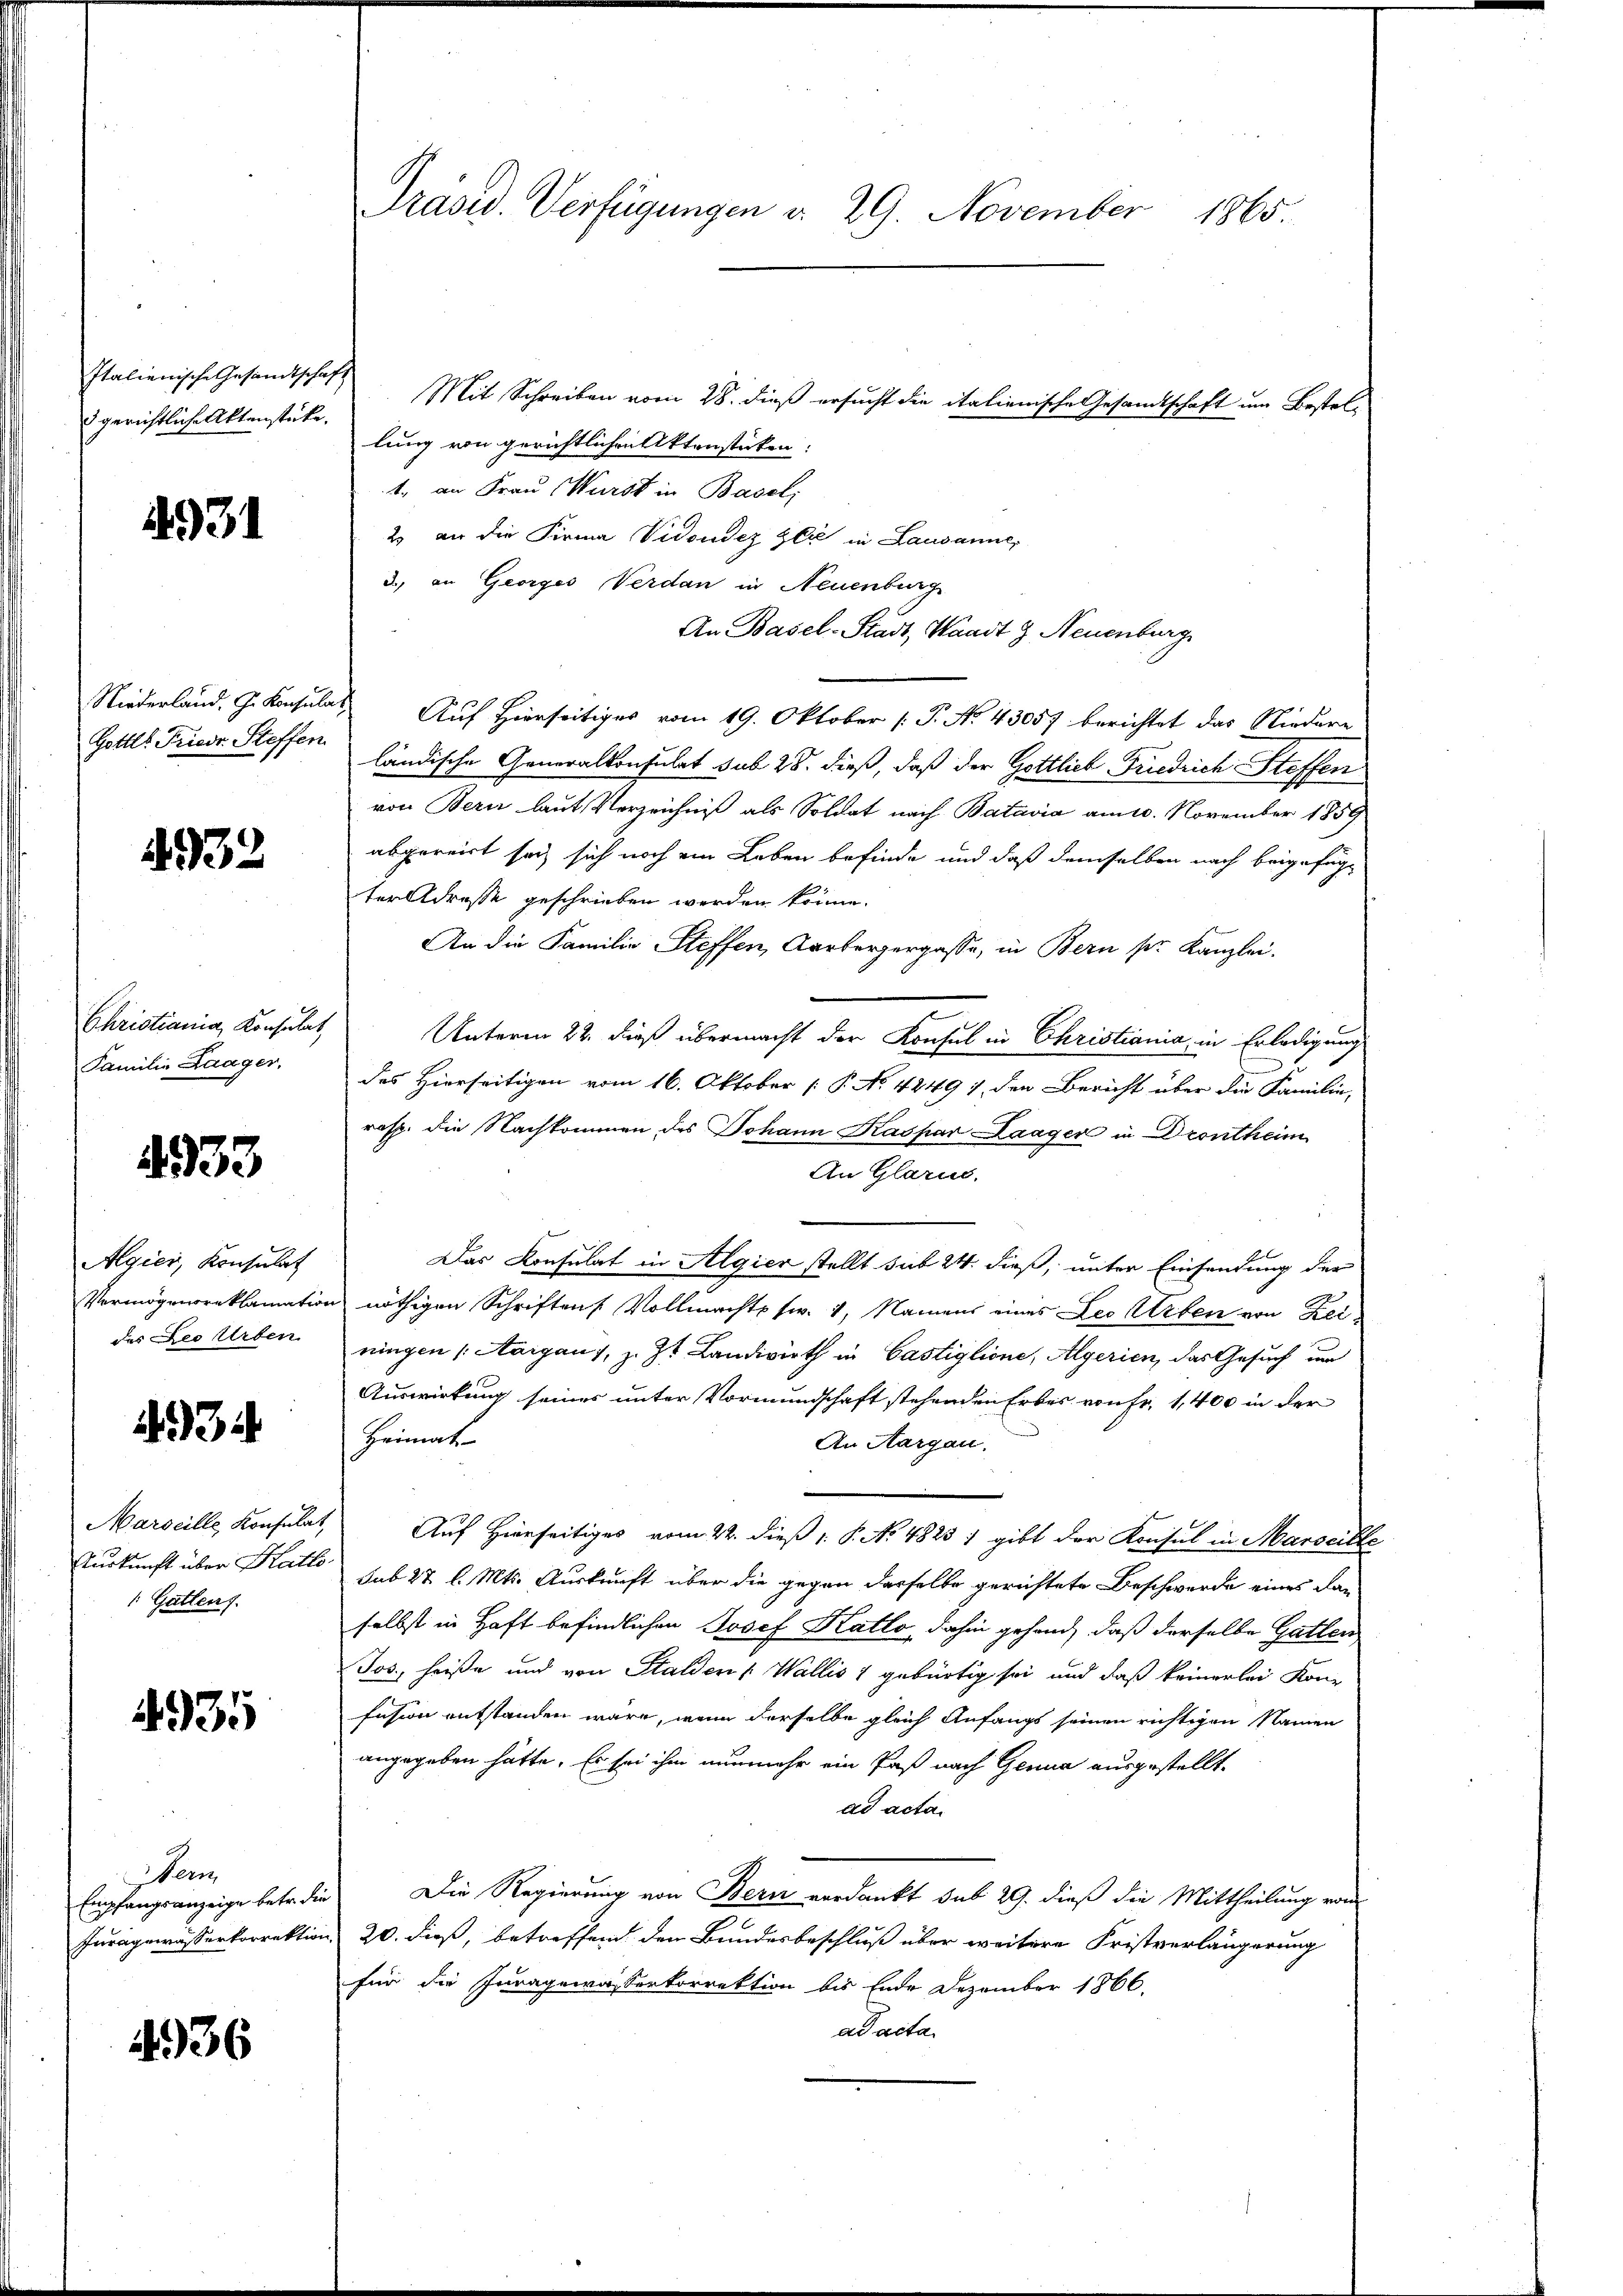
Italienische Gesandtschaft
dgerichtliche Aktenstücke.

4931

Niederland. G. Konsula
Gottl. Friede Steffen

932

Christiania, Konsulat,
Familie Laager,

4933

Algier, Konsulat
Vermögensreklamation
des Leo Urben.

4934.

Marseille, Konsulat,
Aurkunft über Katto
 Gatten 7.

4935

Nem
Empfangsanzeige betr. den
Juragewässerkorrektion

4936

Präsid. Verfügungen v. 29. November 1865

Mit Schreiben vom 28. dieß ersucht die italienische Gesamtschaft um Bestellung von gerichtlichen Aktenstücken:
1. an Frau Wurst in Baseli
2. an die Firma Vidonder Gli in Lausanne,
2. an Georges Verdan in Neuenburg
An Basel-Stadt, Waadt G. Neuenburg
Auf Hierseitiges vom 19. Oktober [P. No. 43057 berichtet das Niedere
ländische Generalkonsulat sub 28. dieß, daß der Gottlieb Friedrich Steffen
von Bern laut Verzeichniß als Soldat nach Batavia am 10. November 1859
abgereist sei sich noch ein Leben befinde und daß demselben nach beigefügterdrosse geschrieben werden könne.
An die Familie Steffen, Aarbergergasse, in Bern pr. Kanzlei.
Unterm 22. dieß übermacht der Konsul in Christiania, in Erledigung
des Hierseitigen vom 16. Oktober [ P. No 4249 7 den Bericht über die Familie,
rosp. die Nachkommen des Johann Kaspar Laager in Drontheim
An Glarus,
Das Konsulat in Algier stellt sub 24. dieß, unter Einsendung der
nöthigen Schriften Vollmacht fr. 4, Namens eines Leo Arten von Reiningen (Aargau, z. Zt. Landwirth in Castiglione, Algerien, das Gesuch um
Auswirkung seines unter Vormundschaft stehenden Erbes von Fr. 1,400 in der
Heimat
An Aargau.
Auf Hierseitiges vom 22. dieß 1. P. No 4823 1 gibt der Konsul in Marseille
sub 27 l. Mts. Auskunft über die gegen derselbe gerichtete Beschwerde eines dan
selbst in Haft befindlichen Josef Katto, dahin gehand, daß derselbe Gatten
Jos., heiße und von Stalden (Wallis & gebürtig sei und daß keinerlei Kon-
fusion entstanden wäre, wenn derselbe gleich Anfangs seinen richtigen Namen
angegeben hätte. Es sei ihm nunmehr ein Paß nach Genua ausgestellt.
ad acta.
Die Regierung von Bern verdankt sub 29. dieß die Mittheilung von
20. dieß, betreffend den Bundesbeschluß über weitere Fristverlängerung
für die Juragewasserkorrektion bis Ende Dezember 1866.
ad acta.